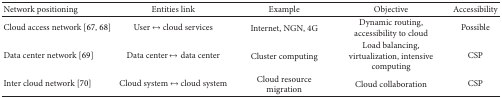
| Network positioning | Entities link | Example | Objective | Accessibility |
 | --- | --- | --- | --- | --- |
 | Cloud access network [67, 68] | User ↔ cloud services | Internet, NGN, 4G | Dynamic routing, accessibility to cloud | Possible |
 | Data center network [69] | Data center ↔ data center | Cluster computing | Load balancing, virtualization, intensive computing | CSP |
 | Inter cloud network [70] | Cloud system ↔ cloud system | Cloud resource migration | Cloud collaboration | CSP |